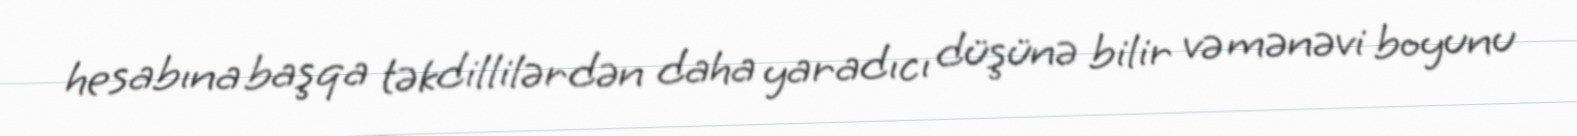
hesabına başqa təkdillilərdən daha yaradıcı düşünə bilir və mənəvi boyunu